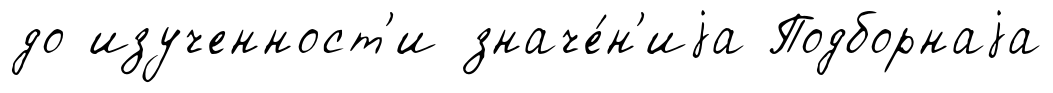
до изученност'и значе́н'иjа Подборнаjа